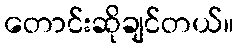
တောင်းဆိုချင်တယ်။